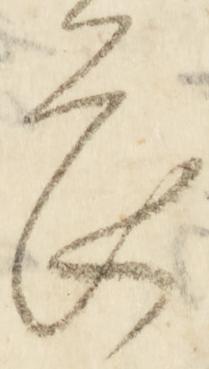
畏